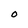
Character: O